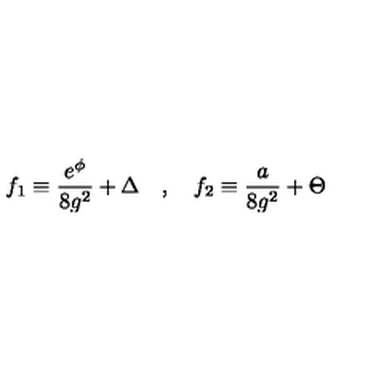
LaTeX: f _ { 1 } \equiv { \frac { e ^ { \phi } } { 8 g ^ { 2 } } } + \Delta \quad , \quad f _ { 2 } \equiv { \frac { a } { 8 g ^ { 2 } } } + \Theta